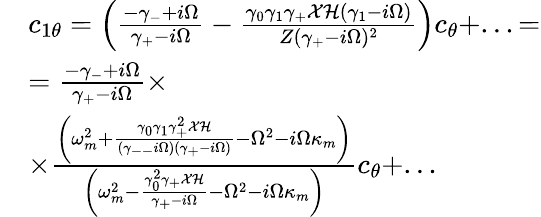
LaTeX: \begin{array}{rl}&{c_{1\theta}=\left(\frac{-\gamma_{-}+i\Omega}{\gamma_{+}-i\Omega}-\frac{\gamma_{0}\gamma_{1}\gamma_{+}\mathcal{X}\mathcal{H}(\gamma_{1}-i\Omega)}{Z(\gamma_{+}-i\Omega)^{2}}\right)c_{\theta}+...=}\\ &{=\frac{-\gamma_{-}+i\Omega}{\gamma_{+}-i\Omega}\times}\\ &{\times\frac{\left(\omega_{m}^{2}+\frac{\gamma_{0}\gamma_{1}\gamma_{+}^{2}\mathcal{X}\mathcal{H}}{(\gamma_{--}i\Omega)(\gamma_{+}-i\Omega)}-\Omega^{2}-i\Omega\kappa_{m}\right)}{\left(\omega_{m}^{2}-\frac{\gamma_{0}^{2}\gamma_{+}\mathcal{X}\mathcal{H}}{\gamma_{+}-i\Omega}-\Omega^{2}-i\Omega\kappa_{m}\right)}c_{\theta}+...}\end{array}